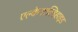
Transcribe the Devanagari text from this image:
एल्केनएल्डिहाइड